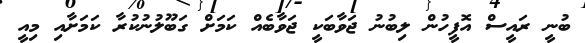
ބުނީ ރައީސް އޮފީހުން ލިބުނު ޖަވާބަކީ ޖަވާބެއް ކަމަށް ގަބޫލުނުކުރާ ކަމަށާއި މިއީ